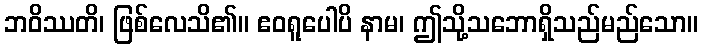
ဘဝိဿတိ၊ ဖြစ်လေသိ၏။ ဧဝရူပေါပိ နာမ၊ ဤသို့သဘောရှိသည်မည်သော။